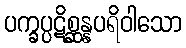
ပက္ခပ္ပဋိစ္ဆန္နပရိဝါသော